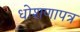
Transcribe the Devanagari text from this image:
धोशणापत्र